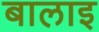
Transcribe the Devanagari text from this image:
बालाइ